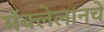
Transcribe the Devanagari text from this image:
मॅक्लेलानचे